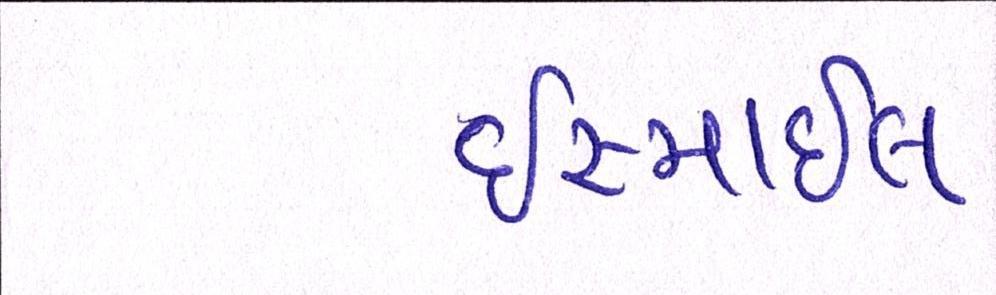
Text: ઈસ્માઈલ